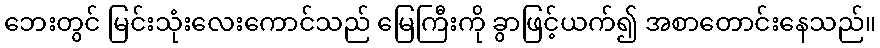
ဘေးတွင် မြင်းသုံးလေးကောင်သည် မြေကြီးကို ခွာဖြင့်ယက်၍ အစာတောင်းနေသည်။